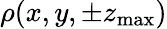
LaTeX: \rho(x,y,\pm z_{\mathrm{max}})